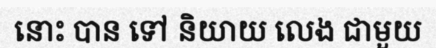
នោះ បាន ទៅ និយាយ លេង ជាមួយ